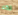
لكلا